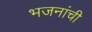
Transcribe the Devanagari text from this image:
भजनांची